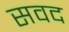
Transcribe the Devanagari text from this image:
सवद